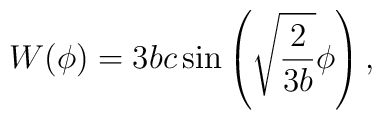
W(\phi) = 3 b c \sin\left( \sqrt{ \frac{2}{3b}}\phi\right),